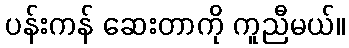
ပန်းကန် ဆေးတာကို ကူညီမယ်။